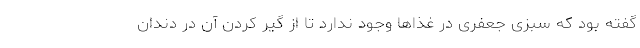
گفته بود که سبزی جعفری در غذاها وجود ندارد تا از گیر کردن آن در دندان